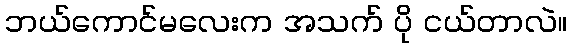
ဘယ်ကောင်မလေးက အသက် ပို ငယ်တာလဲ။